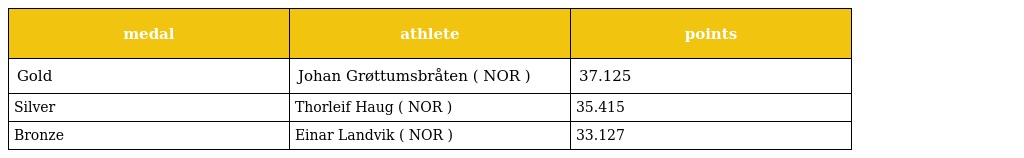
| medal | athlete | points |
 | --- | --- | --- |
 | Gold | Johan Grøttumsbråten ( NOR ) | 37.125 |
 | Silver | Thorleif Haug ( NOR ) | 35.415 |
 | Bronze | Einar Landvik ( NOR ) | 33.127 |